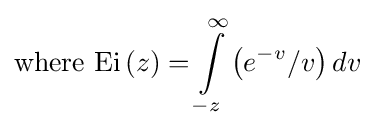
{\text{where  Ei}}\left(z\right)=\int \limits _{-z}^{\infty }\left(e^{-v}/v\right)dv